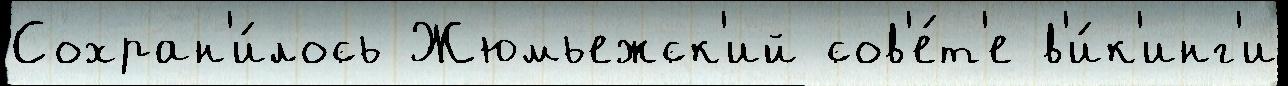
Сохран'и́лось Жюмьежск'ий сов'е́т'е в'и́к'инг'и